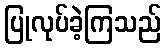
ပြုလုပ်ခဲ့ကြသည်